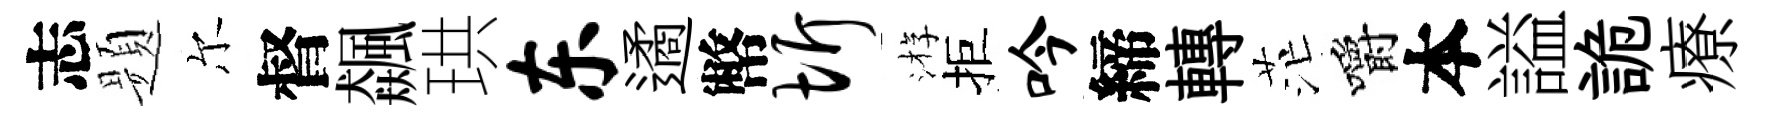
志题尔督飆珙东遹幣圻㳺拒吟締轉茫嚼本謚詭療